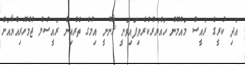
އަދި ކުރީގެ ރައީސް މައުމޫނު ހައްޔަރުކުރެވިފައިވަނީ ޤާނޫނީ އިމުގެ ތެރެއިން ރައީސުލް ޖުމްހޫރިއްޔާއަށް